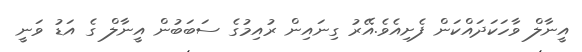
އީނާލް ވާހަކަދައްކަން ފެށިއެވެ.އޭރު ގިނައިން ރުއިމުގެ ސަބަބުން އީނާލް ގެ އަޑު ވަނީ